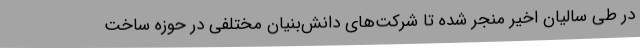
در طی سالیان اخیر منجر شده تا شرکت‌های دانش‌بنیان مختلفی در حوزه ساخت